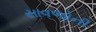
સાવજોની